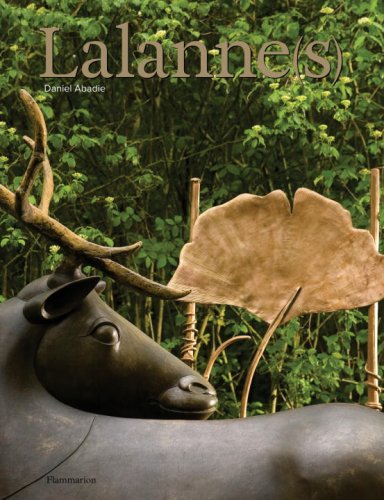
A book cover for Lalanne(s); Daniel Abadie; Arts & Photography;